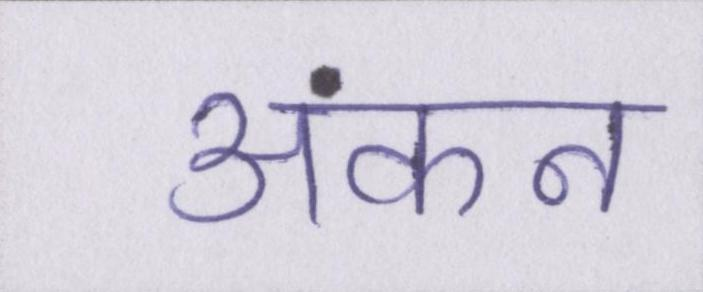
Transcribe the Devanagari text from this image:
अंकन